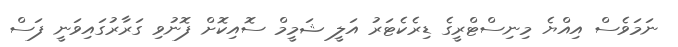
ނަމަވެސް އިއްޔެ މިނިސްޓްރީގެ ޑިރެކެޓަރު އަލީ ޝަމީމް ސޮއިކޮށް ފޮނުވި ގަރާރުގައިވަނީ ފަސް